Civil Veterinary Dept. Bombay admin report 1893-99 - 1893-1899
Year: 1893
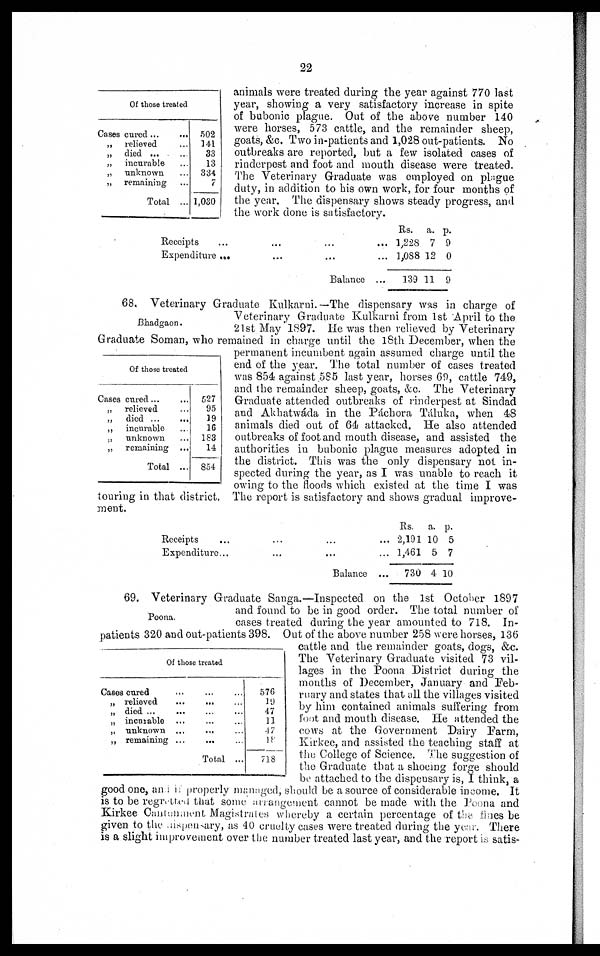
22
Of those treated
Cases cured ...
...
„ relieved ...
„ died
„
incurable ...
„ unknown ...
„ remaining ...
Total ...
.502
141
33
13
334
7
1,030
animals were treated during the year against 770 last
year, showing a very satisfactory increase in spite
of bubonic plague. Out of the above number 140
were horses, 573 cattle, and the remainder sheep,
goats, &c. Two in-patients and 1,028 out-patients. No
outbreaks are reported, but a few isolated cases of
rinderpest and foot and mouth disease were treated.
The Veterinary Graduate was employed on plague
duty, in addition to his own work, for four months of
the year. The dispensary shows steady progress, and
the work done is satisfactory.
Receipts
...
...
... ...
Expenditure
....
...
... ...
Balance ...
Rs.
1,228
1,088
139
a.
7
12
11
p.
9
0
9
Bhadgaon.
0f those treated
Cases cured ... ...
„ relieved ...
„
died ...
...
„
incurable
„
unknown ...
„
remaining ...
Total ...
527
95
19
16
183
14
854
68. Veterinary Graduate Kulkarni.—The dispensary was in charge of
Veterinary Graduate Kulkarni from 1st April to the
21st May 1897. He was then relieved by Veterinary
Graduate Soman, who remained in charge until the 18th December, when the
permanent incumbent again assumed charge until the
end of the year. The total number of cases treated
was 854 against 585 last year, horses 69, cattle 749,
and the remainder sheep, goats, &c. The Veterinary
Graduate attended outbreaks of rinderpest at Sindad
and Akhatwáda in the Páchora Táluka, when 48
animals died out of 64 attacked. He also attended
outbreaks of foot and mouth disease, and assisted the
authorities in bubonic plague measures adopted in
the district. This was the only dispensary not in-
spected during the year, as I was unable to reach it
owing to the floods which existed at the time I was
touring in that district. The report is satisfactory and shows gradual improve-
ment.
Receipts
...
...
... ...
Expenditure ...
...
... ...
Balance ...
Rs.
2,191
1,461
730
a.
10
5
4
p.
5
7
10
Poona.
Of those treated
Cases cured ... ... ...
„ relieved
...
... ...
„ died ... ... ... ...
„ incurable ... ... ...
„ unknown ...
... ...
„ remaining ... ... ...
Total ...
576
19
47
11
4 7
18
718
69. Veterinary Graduate Sanga.—Inspected on the 1st October 1897
and found to be in good order. The total number of
cases treated during the year amounted to 718. In-
patients 320 and out-patients 398. Out of the above number 258 were horses, 136
cattle and the remainder goats, dogs, &c.
The Veterinary Graduate visited 73 vil-
lages in the Poona District during the
months of December, January and Feb-
ruary and states that all the villages visited
by him contained animals suffering from
foot and mouth disease. He attended the
cows at the Government Dairy Farm,
Kirkee, and assisted the teaching stall at
the College of Science. The suggestion of
the Graduate that a shoeing forge should
be attached to the dispensary is, I think, a
good one, and if properly managed, should be a source of considerable income. It
is to be regretted that some arrangement cannot be made with the Poona and
Kirkee Cantonment Magistrates whereby a certain percentage of the fines be
given to the dispensary, as 40 cruelty cases were treated during the year. There
is a slight improvement over the number treated last year, and the report is satis-